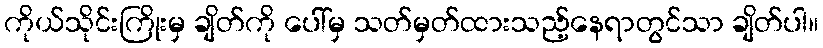
ကိုယ်သိုင်းကြိုးမှ ချိတ်ကို ပေါ်မှ သတ်မှတ်ထားသည့်နေရာတွင်သာ ချိတ်ပါ။